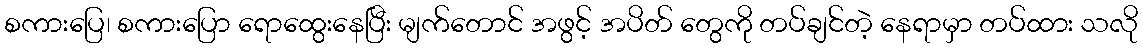
စကားပြေ၊ စကားပြော ရောထွေးနေပြီး မျက်တောင် အဖွင့် အပိတ် တွေကို တပ်ချင်တဲ့ နေရာမှာ တပ်ထား သလို